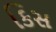
કિસ